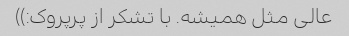
عالی مثل همیشه. با تشکر از پرپروک:))